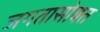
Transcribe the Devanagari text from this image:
जगतासोबत